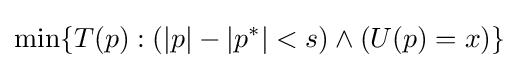
{\text{min}}\{T(p):(|p|-|p^{*}|<s)\wedge (U(p)=x)\}